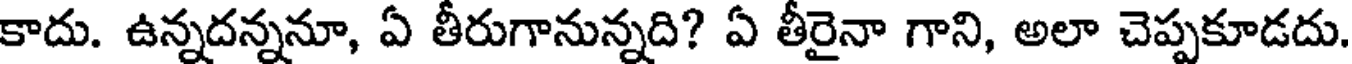
కాదు. ఉన్నదన్ననూ, ఏ తీరుగానున్నది? ఏ తీరైనా గాని, అలా చెప్పకూడదు